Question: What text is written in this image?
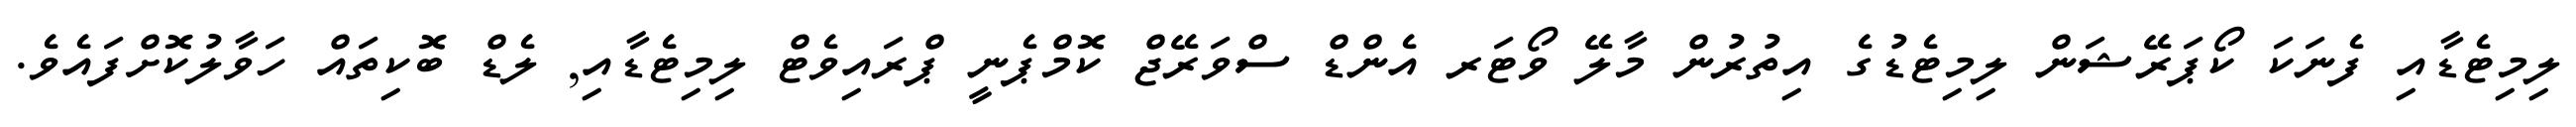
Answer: ލިމިޓެޑާއި ފެނަކަ ކޯޕަރޭޝަން ލިމިޓެޑުގެ އިތުރުން މާލޭ ވޯޓަރ އެންޑް ސްވަރޭޖް ކޮމްޕެނީ ޕްރައިވެޓް ލިމިޓެޑާއި, ލެޑް ބޮކިތައް ހަވާލުކޮށްފައެވެ.